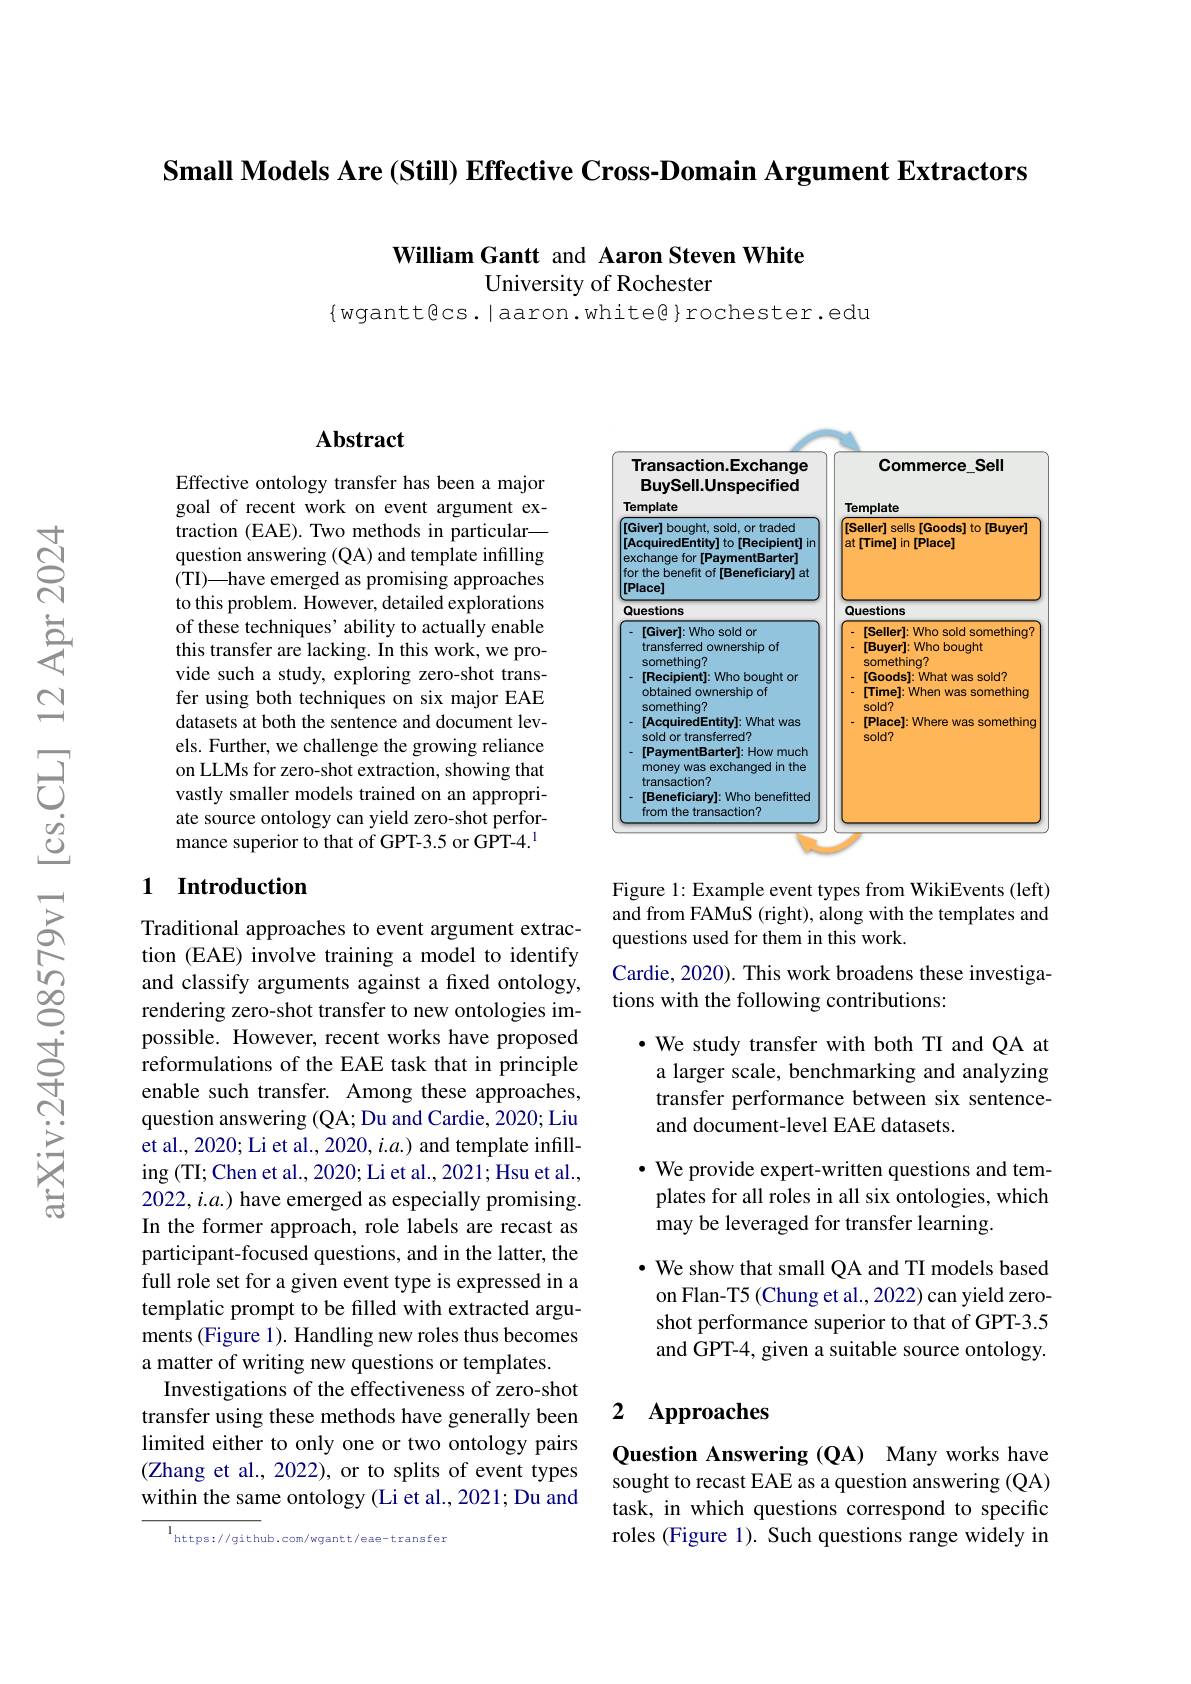
Small Models Are (Still) Effective Cross-Domain Argument Extractors

William Gantt and Aaron Steven White

University of Rochester

$\{$wgantt@cs.|aaron.white@}rochester.edu

### $\mathbf{Abstract}$

Effective ontology transfer has been a major goal of recent work on event argument extraction (EAE). Two methods in particular— question answering (QA) and template infilling (TI)—have emerged as promising approaches to this problem. However, detailed explorations of these techniques' ability to actually enable this transfer are lacking. In this work, we provide such a study, exploring zero-shot transfer using both techniques on six major EAE datasets at both the sentence and document levels. Further, we challenge the growing reliance on LLMs for zero-shot extraction, showing that vastly smaller models trained on an appropriate source ontology can yield zero-shot performance superior to that of GPT-3.5 or GPT-4.$^{1}$

### 1 Introduction

Traditional approaches to event argument extraction (EAE) involve training a model to identify and classify arguments against a fixed ontology, rendering zero-shot transfer to new ontologies impossible. However, recent works have proposed reformulations of the EAE task that in principle enable such transfer. Among these approaches, question answering (QA; Du and Cardie, 2020; Liu et al., 2020; Li et al., 2020, $i.a.)$ and template infilling (TI; Chen et al., 2020; Li et al., 2021; Hsu et al., 2022, i.a.) have emerged as especially promising. In the former approach, role labels are recast as participant-focused questions, and in the latter, the full role set for a given event type is expressed in a templatic prompt to be filled with extracted arguments (Figure 1). Handling new roles thus becomes a matter of writing new questions or templates.
Investigations of the effectiveness of zero-shot transfer using these methods have generally been limited either to only one or two ontology pairs (Zhang et al., 2022), or to splits of event types within the same ontology (Li et al., 2021; Du and

https://github.com/wgantt/eae-transfer

<FigureHere>

Figure 1: Example event types from WikiEvents (left) and from FAMuS (right), along with the templates and questions used for them in this work.
Cardie, 2020). This work broadens these investiga-
tions with the following contributions:

·We study transfer with both TI and QA at a larger scale, benchmarking and analyzing transfer performance between six sentenceand document-level EAE datasets.
· We provide expert-written questions and templates for all roles in all six ontologies, which may be leveraged for transfer learning.
· We show that small QA and TI models based

on Flan-T5 (Chung et al., 2022) can yield zeroshot performance superior to that of GPT-3.5 and GPT-4, given a suitable source ontology.

### 2 $\mathbf{Approaches}$

Question Answering (QA) Many works have sought to recast EAE as a question answering (QA) task, in which questions correspond to specific roles (Figure 1). Such questions range widely in